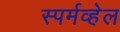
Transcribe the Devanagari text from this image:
स्पर्मव्हेल